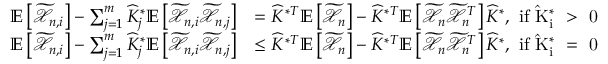
\begin{array} { r l } { \mathbb { E } \left[ \widetilde { \mathcal { X } } _ { n , i } \right] - \sum _ { j = 1 } ^ { m } \widehat { K } _ { j } ^ { * } \mathbb { E } \left[ \widetilde { \mathcal { X } } _ { n , i } \widetilde { \mathcal { X } } _ { n , j } \right] } & { = \widehat { K } ^ { * T } \mathbb { E } \left[ \widetilde { \mathcal { X } } _ { n } \right] - \widehat { K } ^ { * T } \mathbb { E } \left[ \widetilde { \mathcal { X } } _ { n } \widetilde { \mathcal { X } } _ { n } ^ { T } \right] \widehat { K } ^ { * } , \mathrm { ~ i f ~ \widehat { K } _ i ^ * ~ > ~ 0 ~ } } \\ { \mathbb { E } \left[ \widetilde { \mathcal { X } } _ { n , i } \right] - \sum _ { j = 1 } ^ { m } \widehat { K } _ { j } ^ { * } \mathbb { E } \left[ \widetilde { \mathcal { X } } _ { n , i } \widetilde { \mathcal { X } } _ { n , j } \right] } & { \leq \widehat { K } ^ { * T } \mathbb { E } \left[ \widetilde { \mathcal { X } } _ { n } \right] - \widehat { K } ^ { * T } \mathbb { E } \left[ \widetilde { \mathcal { X } } _ { n } \widetilde { \mathcal { X } } _ { n } ^ { T } \right] \widehat { K } ^ { * } , \mathrm { ~ i f ~ \widehat { K } _ i ^ * ~ = ~ 0 ~ } } \end{array}